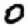
Digit: 0